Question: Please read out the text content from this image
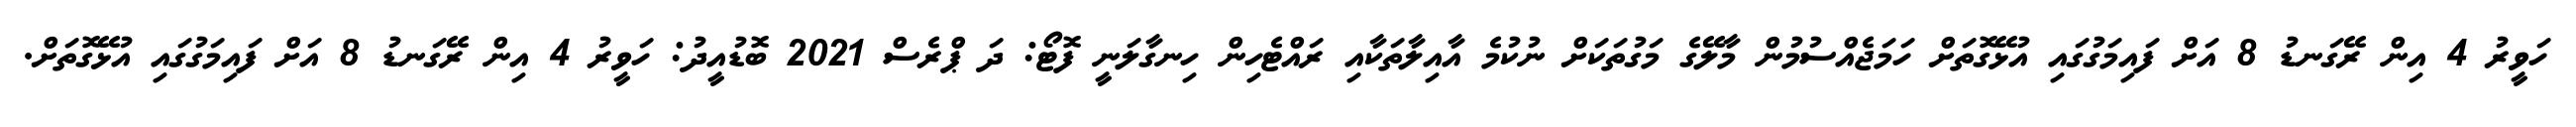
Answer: ހަވީރު 4 އިން ރޭގަނޑު 8 އަށް ފައިމަގުގައި އުޅޭގޮތަށް ހަމަޖެއްސުމުން މާލޭގެ މަގުތަކަށް ނުކުމެ އާއިލާތަކާއި ރައްޓެހިން ހިނގާލަނީ ފޮޓޯ: ދަ ޕްރެސް 2021 ބޮޑުއީދު: ހަވީރު 4 އިން ރޭގަނޑު 8 އަށް ފައިމަގުގައި އުޅޭގޮތަށް.